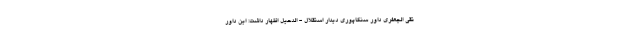
تقی الجعفری داور سنگاپوری دیدار استقلال - الدحیل اظهار داشت: این داور